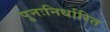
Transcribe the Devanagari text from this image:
पुनःनिर्धारित